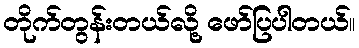
တိုက်တွန်းတယ်လို့ ဖော်ပြပါတယ်။